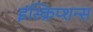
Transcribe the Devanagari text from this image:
इंस्क्रिप्शन्स